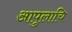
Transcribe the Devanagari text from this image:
आपुलाचि